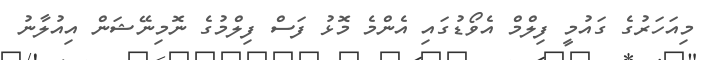
މިއަހަރުގެ ގައުމީ ފިލްމް އެވޯޑުގައި އެންމެ މޮޅު ފަސް ފިލްމުގެ ނޮމިނޭޝަން އިއުލާނު